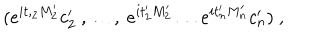
( e ^ { i t , _ { 2 } M _ { 2 } ^ { \prime } } c _ { 2 } ^ { \prime } \ , \ldots , \ e ^ { i t _ { 2 } ^ { \prime } M _ { 2 } ^ { \prime } } \ldots e ^ { i t _ { n } ^ { \prime } M _ { n } ^ { \prime } } c _ { n } ^ { \prime } ) \ ,